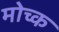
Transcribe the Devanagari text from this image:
मोच्क